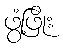
ဖွံ့ဖြိုး